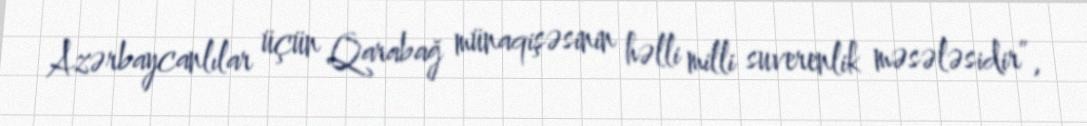
Azərbaycanlılar üçün Qarabağ münaqişəsinin həlli milli suverenlik məsələsidir”,